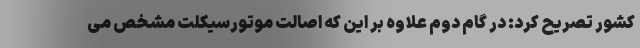
کشور تصریح کرد: در گام دوم علاوه بر این که اصالت موتورسیکلت مشخص می